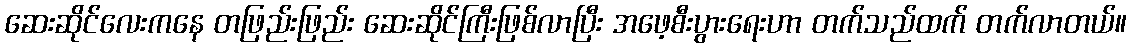
ဆေးဆိုင်လေးကနေ တဖြည်းဖြည်း ဆေးဆိုင်ကြီးဖြစ်လာပြီး အဖေ့စီးပွားရေးဟာ တက်သည်ထက် တက်လာတယ်။